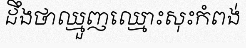
ដឹងថាឈ្មួញឈ្មោះសុះកំពង់